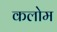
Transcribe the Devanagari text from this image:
कलोम